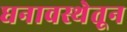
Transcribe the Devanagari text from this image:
घनावस्थेतून